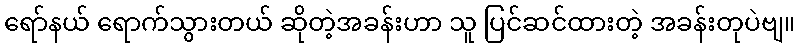
ရော်နယ် ရောက်သွားတယ် ဆိုတဲ့အခန်းဟာ သူ ပြင်ဆင်ထားတဲ့ အခန်းတုပဲဗျ။